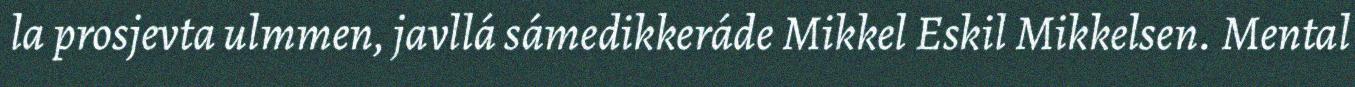
la prosjevta ulmmen, javllá sámedikkeráde Mikkel Eskil Mikkelsen. Mental